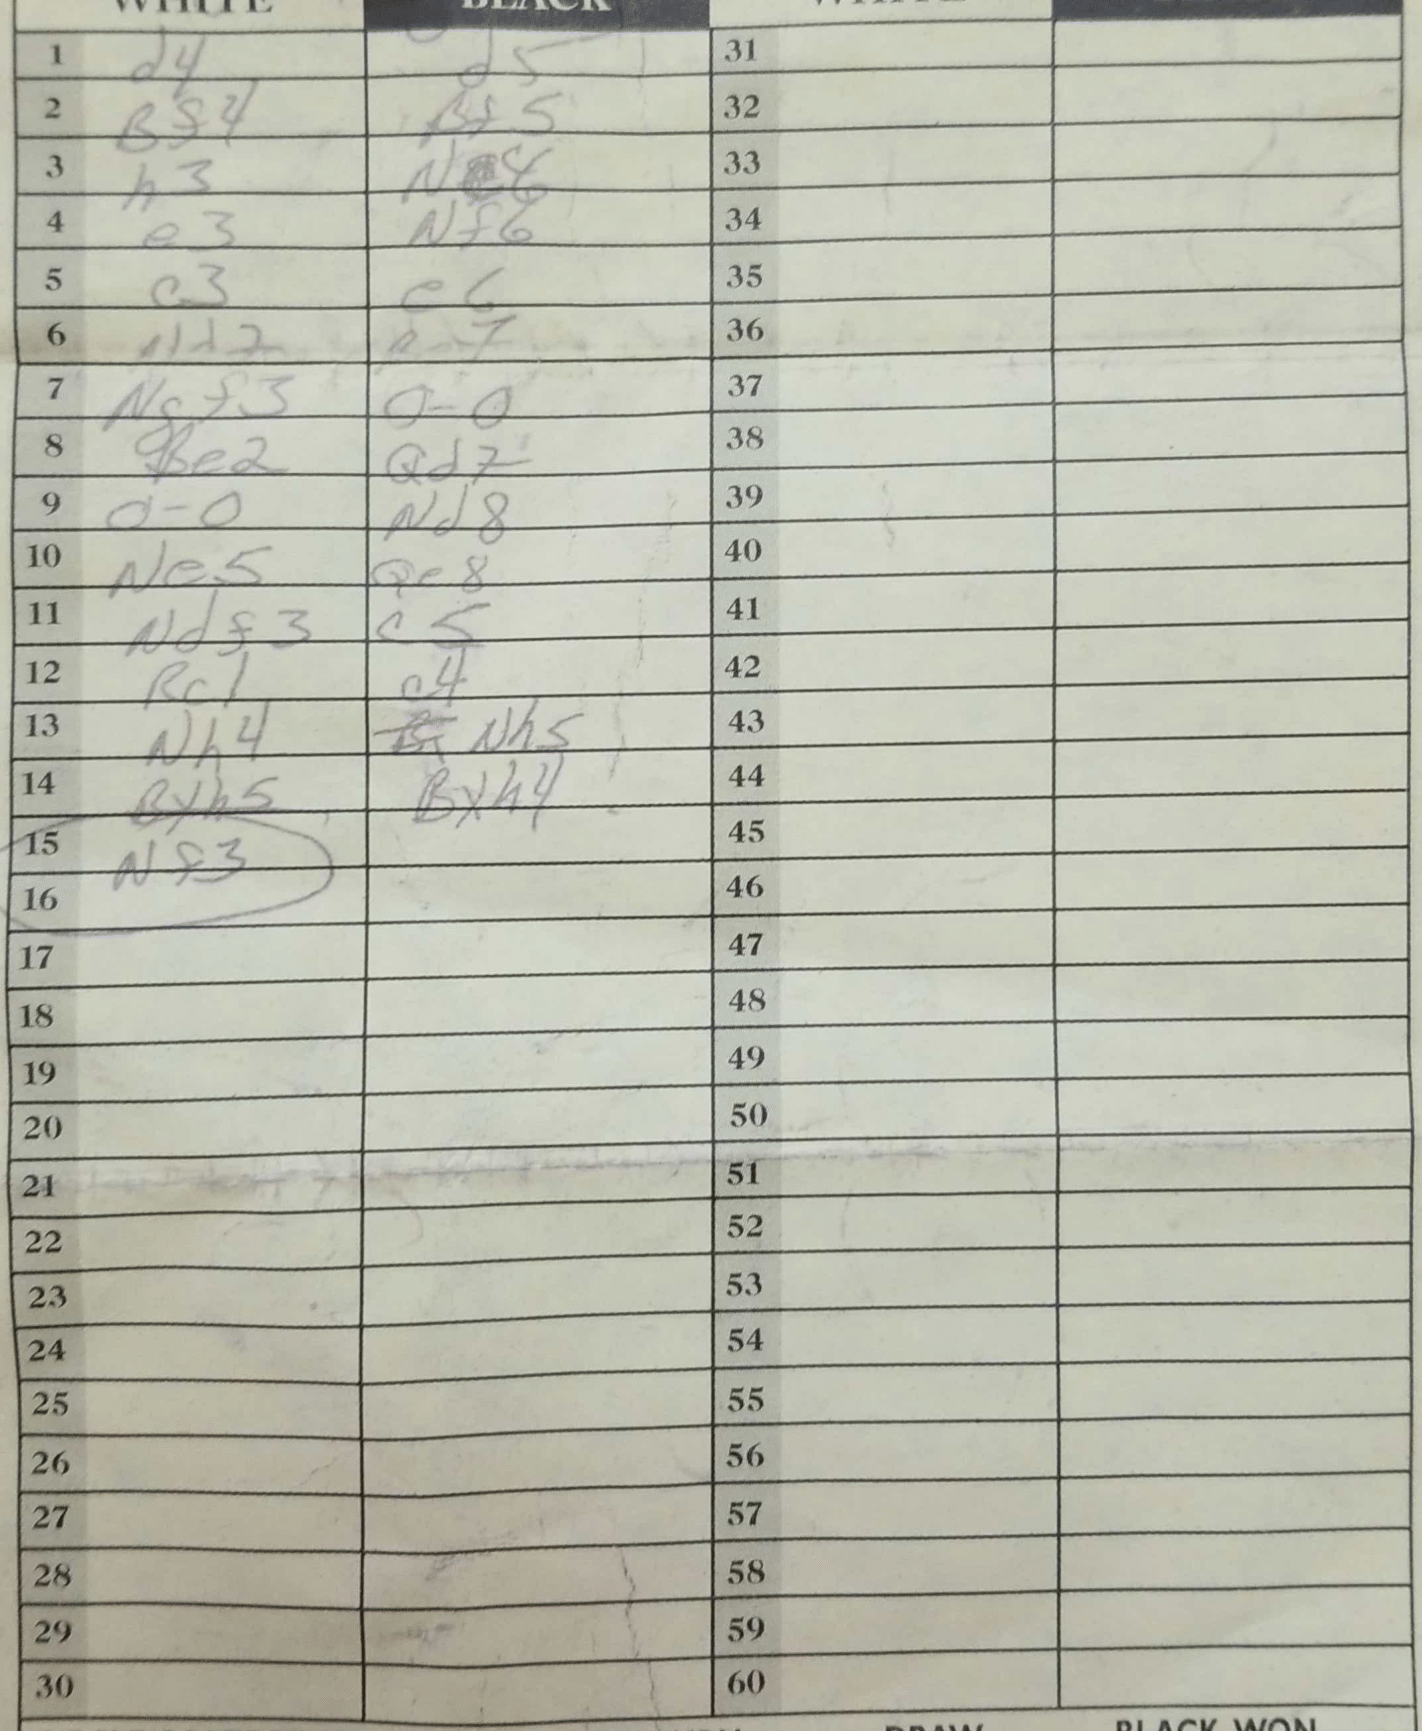
Moves: d4 d5 Bf4 Bf5 h3 N4 e3 Nf6 c3 e6 Nd2 Be7 Ngf3 O-O Be2 Qd7 O-O Nd8 Ne5 Qe8 Ndf3 c5 Rc1 c4 Nh4 Nh5 Bxh5 Bxh4 Nf3